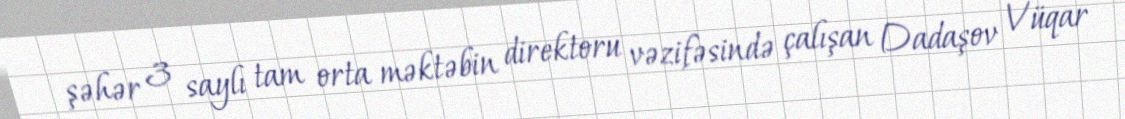
şəhər 3 saylı tam orta məktəbin direktoru vəzifəsində çalışan Dadaşov Vüqar